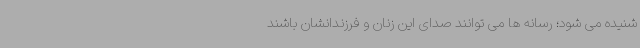
شنیده می شود؛ رسانه ها می توانند صدای این زنان و فرزندانشان باشند